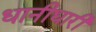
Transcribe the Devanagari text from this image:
धानीधारी